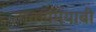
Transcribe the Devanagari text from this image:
नाकामियाबी